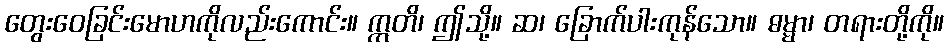
တွေးဝေခြင်းမောဟကိုလည်းကောင်း။ ဣတိ၊ ဤသို့။ ဆ၊ ခြောက်ပါးကုန်သော။ ဓမ္မာ၊ တရားတို့ကို။